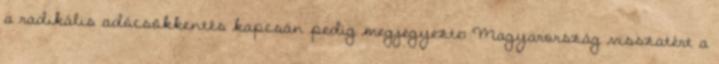
a radikális adócsökkentés kapcsán pedig megjegyezte: Magyarország visszatért a